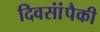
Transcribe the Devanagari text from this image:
दिवसांंपैकी